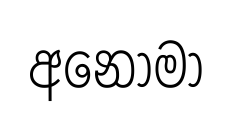
අනොමා